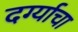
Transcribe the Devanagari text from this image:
दर्ग्याचा